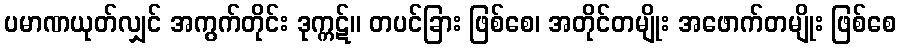
ပမာဏယုတ်လျှင် အကွက်တိုင်း ဒုက္ကဋ်။ တပင်ခြား ဖြစ်စေ၊ အတိုင်တမျိုး အဖောက်တမျိုး ဖြစ်စေ